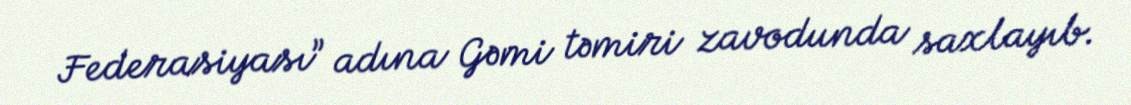
Federasiyası” adına Gəmi təmiri zavodunda saxlayıb.